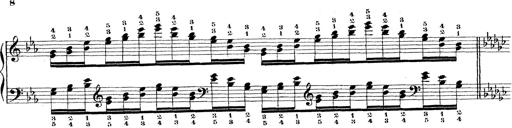
Title: Technische Studien
Composer: Franz Liszt